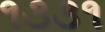
૧૩૩૧